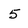
Character: 5